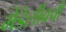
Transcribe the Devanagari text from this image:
मेंडेलीवची